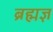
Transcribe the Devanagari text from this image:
ब्रह्मज्ञ